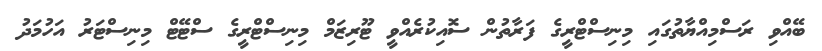
ބޭއްވި ރަސްމިއްޔާތުގައި މިނިސްޓްރީގެ ފަރާތުން ސޮއިކުރެއްވީ ޓޫރިޒަމް މިނިސްޓްރީގެ ސްޓޭޓް މިނިސްޓަރު އަހުމަދު